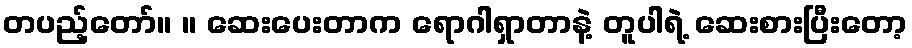
တပည့်တော်။ ။ ဆေးပေးတာက ရောဂါရှာတာနဲ့ တူပါရဲ့ ဆေးစားပြီးတော့